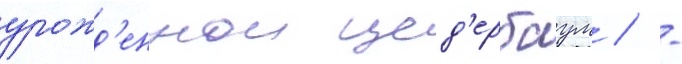
урожд'еннои цед'ербаум / -